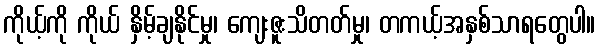
ကိုယ့်ကို ကိုယ် နှိမ့်ချနိုင်မှု၊ ကျေးဇူးသိတတ်မှု၊ တကယ့်အနှစ်သာရတွေပါ။